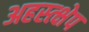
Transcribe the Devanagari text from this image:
अहस्त्क्षेप